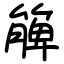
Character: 簲